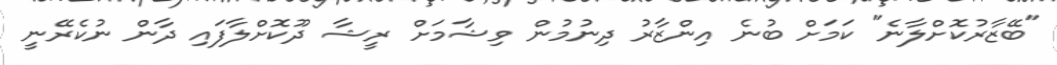
"ބޭޒާރުކޮށްލާނެ" ކަމަށް ބުނެ އިންޒާރު ދިނުމުން ވިޝާމަށް ރީޝާ ދޫކޮށްލާފައި ދާން ނުކެރޭނީ